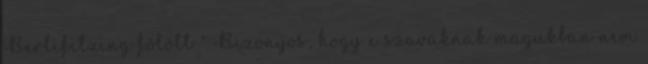
Berlifitzing fölött " Bizonyos, hogy e szavaknak magukban nem